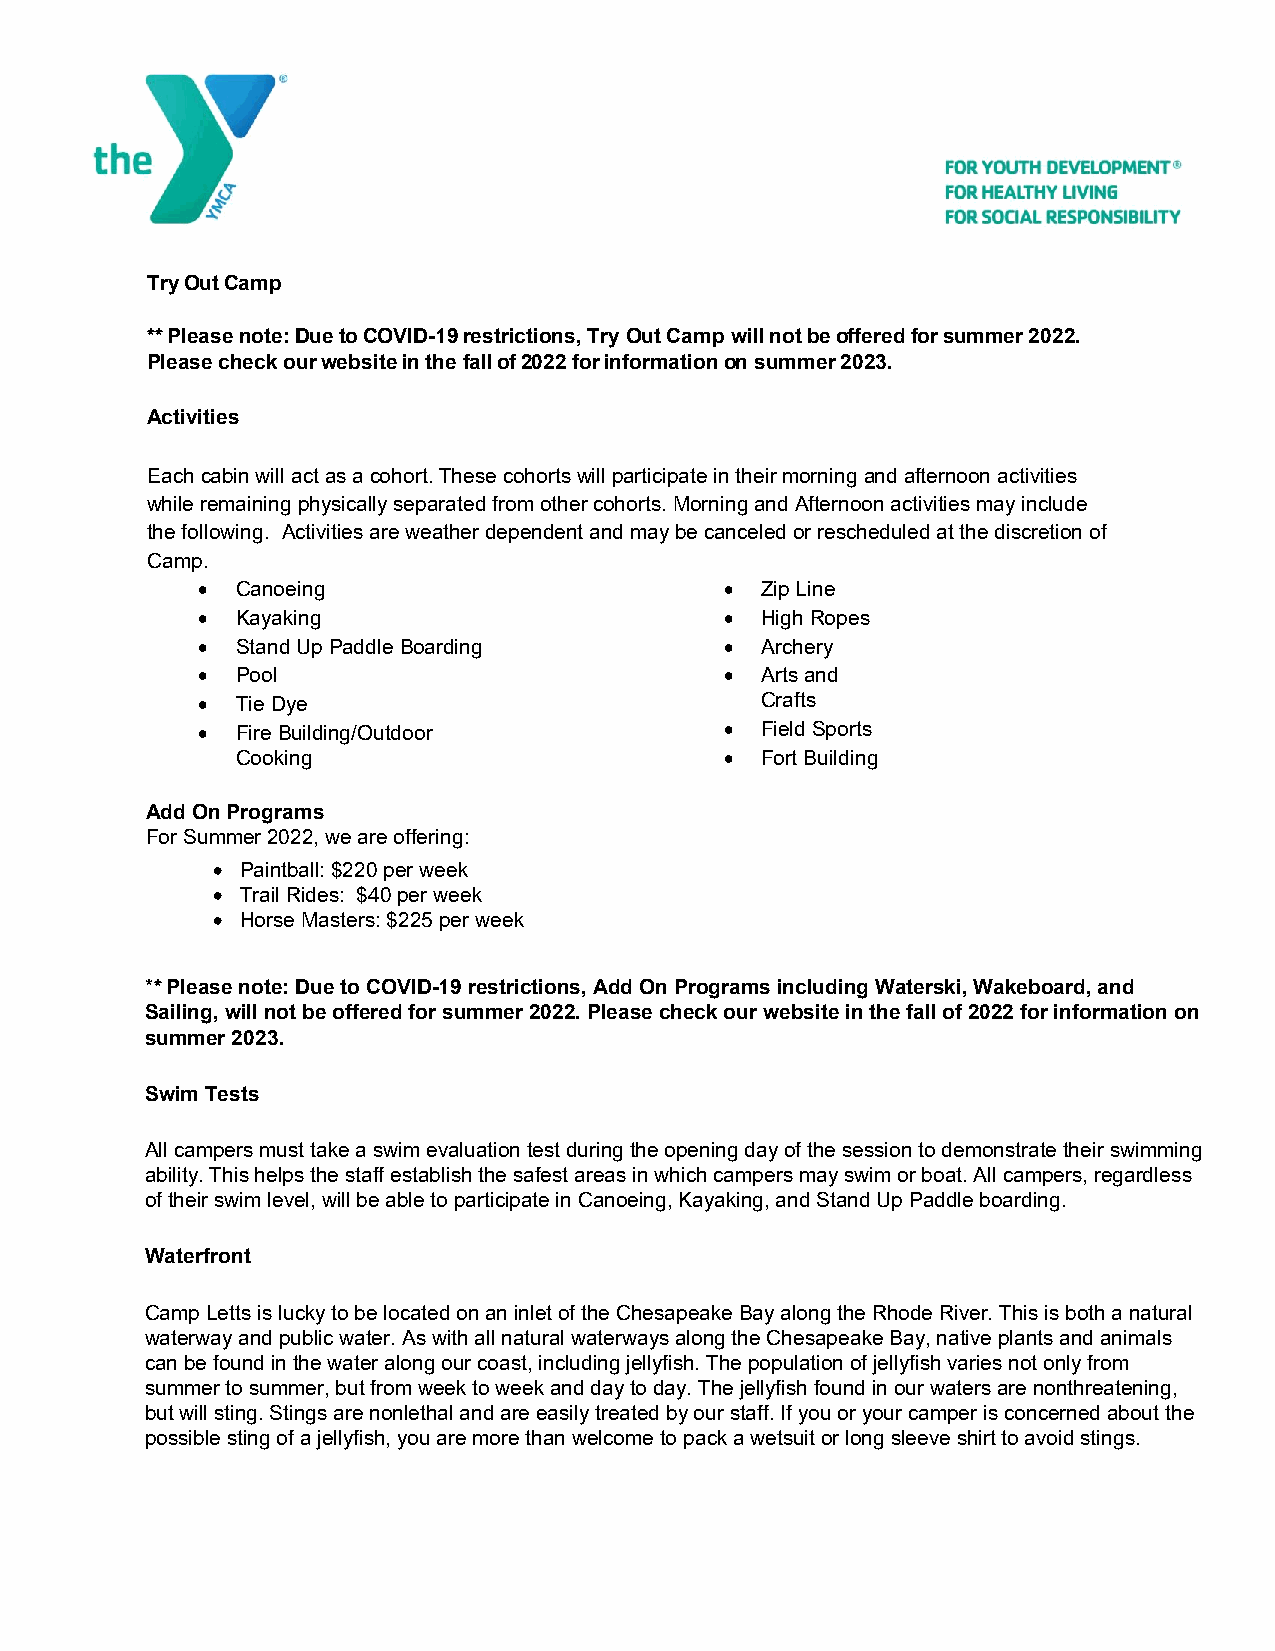
Try Out Camp
 ** Please note: Due to COVID-19 restrictions, Try Out Camp will not be offered for summer 2022.
 Please check our website in the fall of 2022 for information on summer 2023.
 Activities
 Each cabin will act as a cohort. These cohorts will participate in their morning and afternoon activities
 while remaining physically separated from other cohorts. Morning and Afternoon activities may include
 the following. Activities are weather dependent and may be canceled or rescheduled at the discretion of
 Camp.
   Canoeing                         Zip Line
   Kayaking                         High Ropes
   Stand Up Paddle Boarding         Archery
   Pool                             Arts and
   Tie Dye                           Crafts
   Fire Building/Outdoor            Field Sports
 Cooking                          Fort Building
 Add On Programs
 For Summer 2022, we are offering:
 • Paintball: $220 per week
 • Trail Rides: $40 per week
 • Horse Masters: $225 per week
 ** Please note: Due to COVID-19 restrictions, Add On Programs including Waterski, Wakeboard, and
 Sailing, will not be offered for summer 2022. Please check our website in the fall of 2022 for information on
 summer 2023.
 Swim Tests
 All campers must take a swim evaluation test during the opening day of the session to demonstrate their swimming
 ability. This helps the staff establish the safest areas in which campers may swim or boat. All campers, regardless
 of their swim level, will be able to participate in Canoeing, Kayaking, and Stand Up Paddle boarding.
 Waterfront
 Camp Letts is lucky to be located on an inlet of the Chesapeake Bay along the Rhode River. This is both a natural
 waterway and public water. As with all natural waterways along the Chesapeake Bay, native plants and animals
 can be found in the water along our coast, including jellyfish. The population of jellyfish varies not only from
 summer to summer, but from week to week and day to day. The jellyfish found in our waters are nonthreatening,
 but will sting. Stings are nonlethal and are easily treated by our staff. If you or your camper is concerned about the
 possible sting of a jellyfish, you are more than welcome to pack a wetsuit or long sleeve shirt to avoid stings.